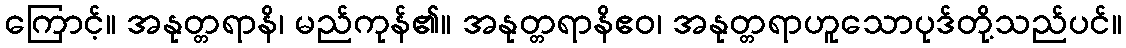
ကြောင့်။ အနုတ္တရာနိ၊ မည်ကုန်၏။ အနုတ္တရာနိဧဝ၊ အနုတ္တရာဟူသောပုဒ်တို့သည်ပင်။